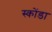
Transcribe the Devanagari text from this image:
स्कोंडा